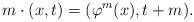
LaTeX: \begin{align*} m\cdot(x,t)=(\varphi^m(x),t+m).\end{align*}